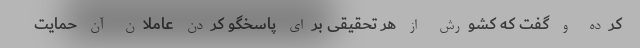
کرده و گفت که کشورش از هر تحقیقی برای پاسخگو کردن عاملان آن حمایت